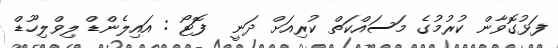
ފަޅުގޮވާން ކުރުމުގެ މަސައްކަތް ކުރިއަށް ދަނީ  ފޮޓޯ : އައިލެންޑް ލިވްލިހޫޑް